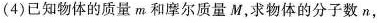
(4)已知物体的质量m和摩尔质量M，求物体的分子数n，